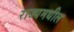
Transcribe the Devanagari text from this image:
राज्यमधील